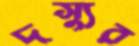
দস্যুর